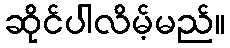
ဆိုင်ပါလိမ့်မည်။